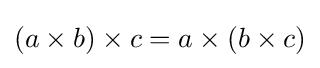
(a\times b)\times c=a\times (b\times c)